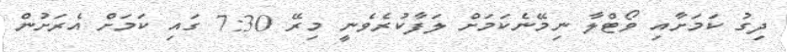
ދިގު ކަމަށާއި ވޯޓްލާ ނިމޭނެކަމަށް ލަފާކުރެވެނީ މިރޭ 7:30 ގައި ކަމަށް އެރަށުން